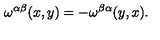
\omega ^ { \alpha \beta } ( x , y ) = - \omega ^ { \beta \alpha } ( y , x ) .